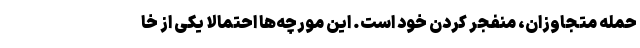
حمله متجاوزان، منفجر کردن خود است. این مورچه‌ها احتمالا یکی از خا